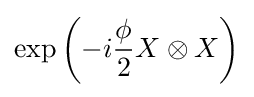
\exp \left(-i{\frac {\phi }{2}}X\otimes X\right)